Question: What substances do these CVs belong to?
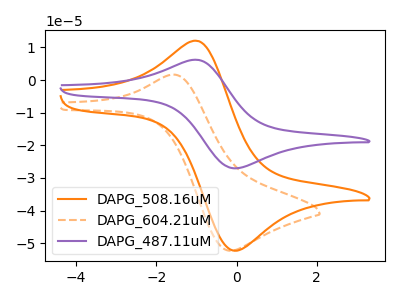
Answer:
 <answer>The orange curve is labeled "DAPG_508.16uM". The orange dashed curve is labeled "DAPG_604.21uM". The purple curve is labeled "DAPG_487.11uM".</answer>
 <eval></eval>